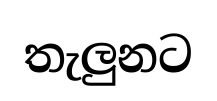
තැලුනට